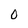
Character: 0